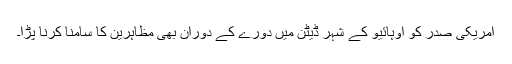
امریکی صدر کو اوہائیو کے شہر ڈیٹن میں دورے کے دوران بھی مظاہرین کا سامنا کرنا پڑا۔